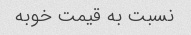
نسبت به قیمت خوبه